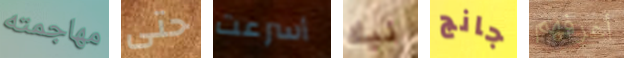
مهاجمته حتى أسرعت نيك جانج أعرفهم